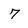
Character: 7